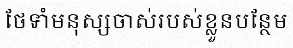
ថែទាំមនុស្សចាស់របស់ខ្លួនបន្ថែម